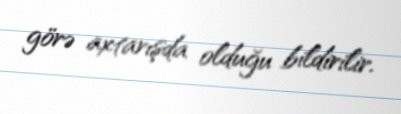
görə axtarışda olduğu bildirilir.